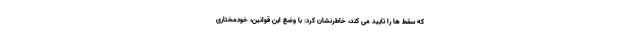
که سقط ها را تایید می کند، خاطرنشان کرد: با وضع این قوانین، خودمختاری